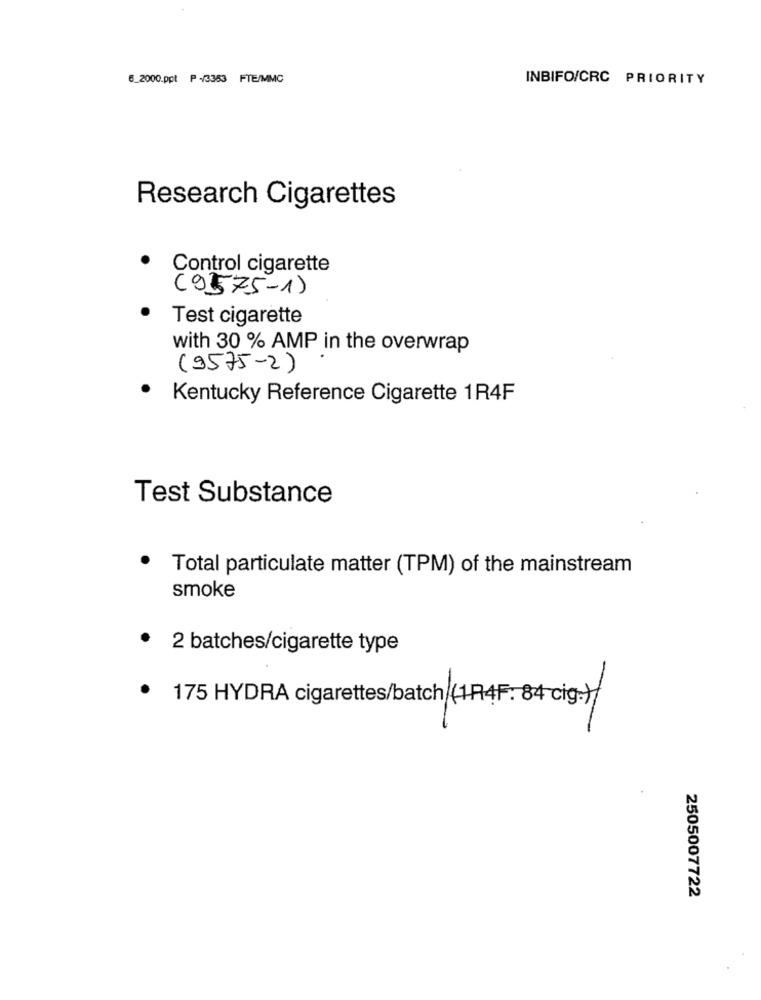
6_2000.ppt P -/3353 FTE/MMC
INBIFO/CRC PRIORITY
Research Cigarettes
Control cigarette
(9575-1)
Test cigarette
with 30 % AMP in the overwrap
(9575-2)
Kentucky Reference Cigarette 1R4F
Test Substance
Total particulate matter (TPM) of the mainstream
smoke
2 batches/cigarette type
175 HYDRA cigarettes/batch (194F: 84 cig.)
2505007722